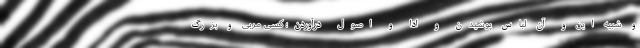
و شبیه این و آن لباس پوشیدن و ادا و اصول درآوردن؛ کسی مربی و بزرگ